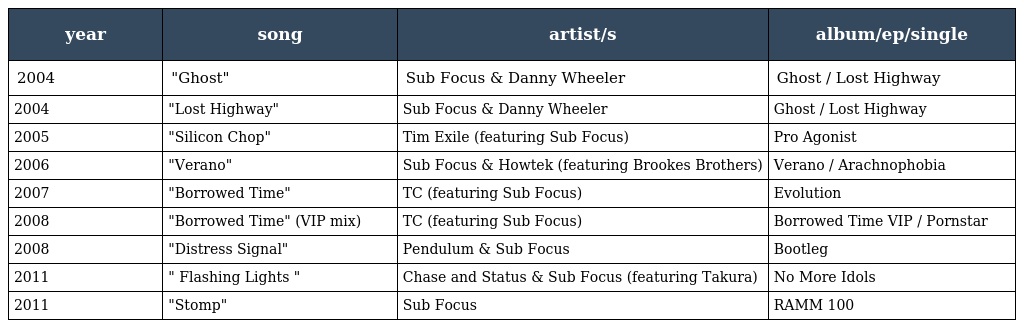
| year | song | artist/s | album/ep/single |
 | --- | --- | --- | --- |
 | 2004 | "Ghost" | Sub Focus & Danny Wheeler | Ghost / Lost Highway |
 | 2004 | "Lost Highway" | Sub Focus & Danny Wheeler | Ghost / Lost Highway |
 | 2005 | "Silicon Chop" | Tim Exile (featuring Sub Focus) | Pro Agonist |
 | 2006 | "Verano" | Sub Focus & Howtek (featuring Brookes Brothers) | Verano / Arachnophobia |
 | 2007 | "Borrowed Time" | TC (featuring Sub Focus) | Evolution |
 | 2008 | "Borrowed Time" (VIP mix) | TC (featuring Sub Focus) | Borrowed Time VIP / Pornstar |
 | 2008 | "Distress Signal" | Pendulum & Sub Focus | Bootleg |
 | 2011 | " Flashing Lights " | Chase and Status & Sub Focus (featuring Takura) | No More Idols |
 | 2011 | "Stomp" | Sub Focus | RAMM 100 |